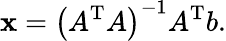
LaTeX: \mathbf{x}=\left(A^{\mathrm{{T}}}A\right)^{-1}A^{\mathrm{{T}}}b.